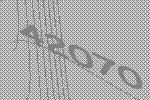
42070